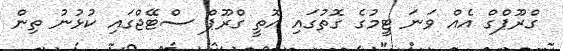
ގްރޫޕްގް އެއް ވަނަ ޓީމުގެ ގޮތުގައި އޮތީ ގްރޫޕް ސްޓޭޖްގައި ކުޅުނު ތިން